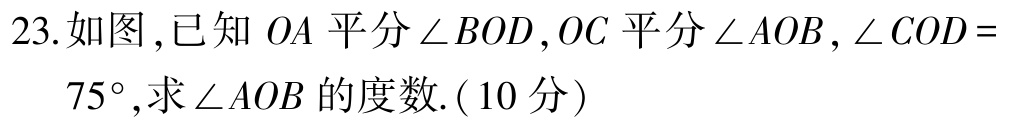
23. 如图，已知 \(OA\) 平分 \(\angle BOD\)，\(OC\) 平分 \(\angle AOB\)，\(\angle COD = 75^{\circ}\)，求 \(\angle AOB\) 的度数.（10 分）